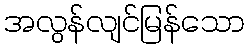
အလွန်လျင်မြန်သော